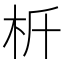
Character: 𣏸